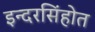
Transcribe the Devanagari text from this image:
इन्दरसिंहोत